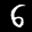
Label: 6